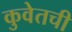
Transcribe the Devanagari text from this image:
कुवेतची